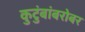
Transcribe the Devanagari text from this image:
कुटुंबांबरोबर